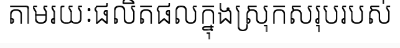
តាមរយៈផលិតផលក្នុងស្រុកសរុបរបស់